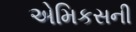
એમિકસની